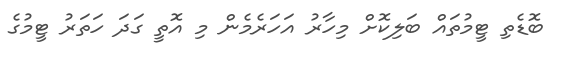
ބޮޑެތި ޓީމުތައް ބަލިކޮށް މިހާރު އަހަރެމެން މި އޮތީ ގަދަ ހަތަރު ޓީމުގެ